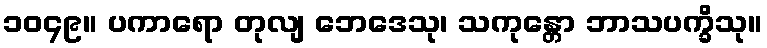
၁၀၄၉။ ပကာရော တုလျ ဘေဒေသု၊ သကုန္တော ဘာသပက္ခိသု။